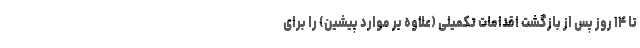
تا ۱۴ روز پس از بازگشت اقدامات تکمیلی (علاوه بر موارد پیشین) را برای